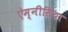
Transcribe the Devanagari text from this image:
ऐम्नीसिया